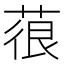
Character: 䓳